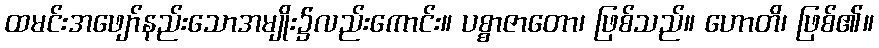
ထမင်းအဖျော်နည်းသောအမျိုး၌လည်းကောင်း။ ပစ္စာဇာတော၊ ဖြစ်သည်။ ဟောတိ၊ ဖြစ်၏။